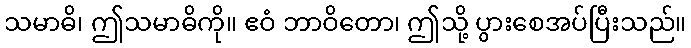
သမာဓိ၊ ဤသမာဓိကို။ ဧဝံ ဘာဝိတော၊ ဤသို့ ပွားစေအပ်ပြီးသည်။